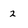
Character: 2